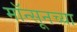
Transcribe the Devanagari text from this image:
मॉन्सूनच्या